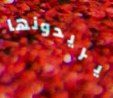
يريدونها